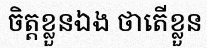
ចិត្តខ្លួនឯង ថាតើខ្លួន